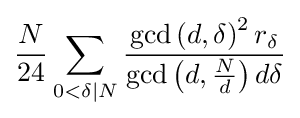
{\frac {N}{24}}\sum _{0<\delta |N}{\frac {\gcd \left(d,\delta \right)^{2}r_{\delta }}{\gcd \left(d,{\frac {N}{d}}\right)d\delta }}